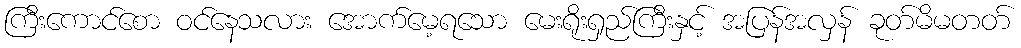
ကြီးကောင်စော ဝင်နေသလား အောက်မေ့ရသော မေးရိုးရှည်ကြီးနှင့် အပြန်အလှန် ခုတ်မိမတတ်